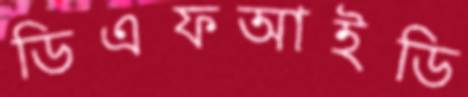
ডিএফআইডি